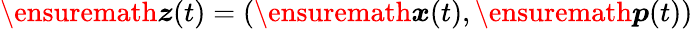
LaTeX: \ensuremath{\boldsymbol{z}}(t)=(\ensuremath{\boldsymbol{{x}}}(t),\ensuremath{\boldsymbol{p}}(t))